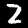
Label: 2